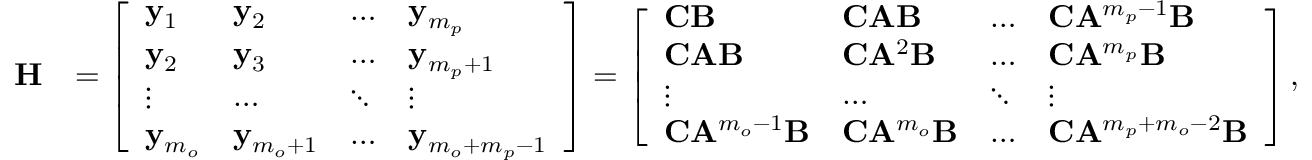
\begin{array} { r l } { \mathbf { H } } & { = \left[ \begin{array} { l l l l } { \mathbf { y } _ { 1 } } & { \mathbf { y } _ { 2 } } & { \dots } & { \mathbf { y } _ { m _ { p } } } \\ { \mathbf { y } _ { 2 } } & { \mathbf { y } _ { 3 } } & { \dots } & { \mathbf { y } _ { m _ { p } + 1 } } \\ { \vdots } & { \dots } & { \ddots } & { \vdots } \\ { \mathbf { y } _ { m _ { o } } } & { \mathbf { y } _ { m _ { o } + 1 } } & { \dots } & { \mathbf { y } _ { m _ { o } + m _ { p } - 1 } } \end{array} \right] = \left[ \begin{array} { l l l l } { \mathbf { C } \mathbf { B } } & { \mathbf { C } \mathbf { A } \mathbf { B } } & { \dots } & { \mathbf { C } \mathbf { A } ^ { m _ { p } - 1 } \mathbf { B } } \\ { \mathbf { C } \mathbf { A } \mathbf { B } } & { \mathbf { C } \mathbf { A } ^ { 2 } \mathbf { B } } & { \dots } & { \mathbf { C } \mathbf { A } ^ { m _ { p } } \mathbf { B } } \\ { \vdots } & { \dots } & { \ddots } & { \vdots } \\ { \mathbf { C } \mathbf { A } ^ { m _ { o } - 1 } \mathbf { B } } & { \mathbf { C } \mathbf { A } ^ { m _ { o } } \mathbf { B } } & { \dots } & { \mathbf { C } \mathbf { A } ^ { m _ { p } + m _ { o } - 2 } \mathbf { B } } \end{array} \right] , } \end{array}